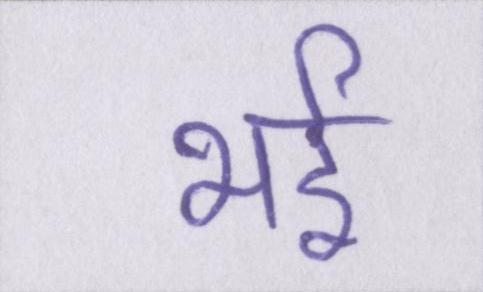
भई